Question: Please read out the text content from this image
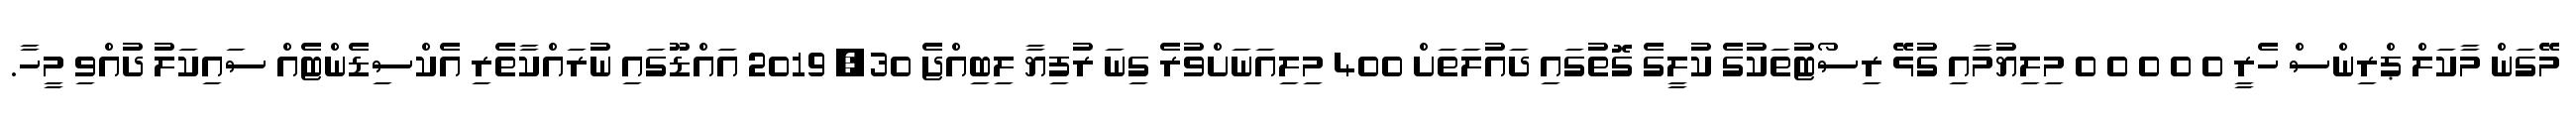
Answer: މޭގަން މާކަލް ޕްރިންސް ހެރީ 0 0 0 0 0 މިލިޔުމާއި ގުޅޭ ރިސޯޓުތަކުގެ ކުލީގެ ގޮތުގައި ދައުލަތަށް 400 މިލިއަނަށްވުރެ ގިނަ ރުފިޔާ ލިބިއްޖެ 30, 2019 އައްޑޫގައި ނުރައްކާތެރި އެކްސިޑެންޓެއް ސައިކަލު ދުއްވި މީހާ.